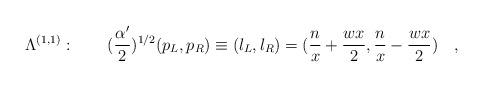
LaTeX: \begin{align*}\Lambda^{(1,1)} : \quad\quad ({{\alpha^{\prime}}\over{2}})^{1/2}(p_L , p_R) \equiv (l_L , l_R) = ( {{n}\over{x}} + {{wx}\over{2}} , {{n}\over{x}} - {{wx}\over{2}} ) \quad , \end{align*}